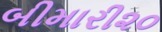
બીમારી૨૦